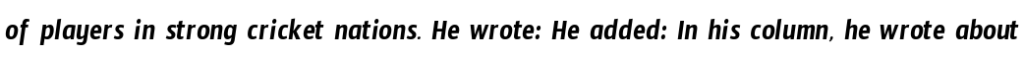
of players in strong cricket nations. He wrote: He added: In his column, he wrote about